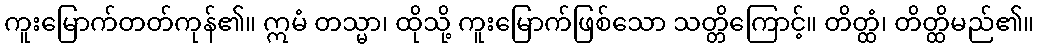
ကူးမြောက်တတ်ကုန်၏။ ဣမံ တသ္မာ၊ ထိုသို့ ကူးမြောက်ဖြစ်သော သတ္တိကြောင့်။ တိတ္ထံ၊ တိတ္ထိမည်၏။